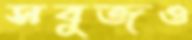
সবুজও